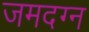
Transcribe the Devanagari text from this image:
जमदग्न